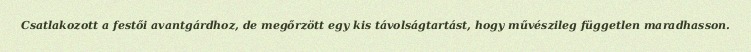
Csatlakozott a festői avantgárdhoz, de megőrzött egy kis távolságtartást, hogy művészileg független maradhasson.